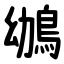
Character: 鴢